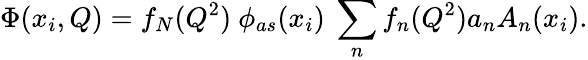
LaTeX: \Phi(x_{i},Q)=f_{N}(Q^{2})\ \phi_{as}(x_{i})\ \sum_{n}f_{n}(Q^{2})a_{n}A_{n}(x_{i}).